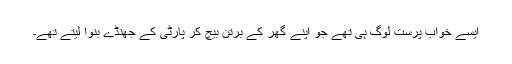
ایسے خواب پرست لوگ ہی تھے جو اپنے گھر کے برتن بیچ کر پارٹی کے جھنڈے بنوا لیتے تھے۔